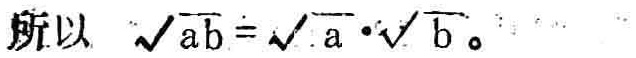
所以 $\sqrt{ab}=\sqrt{a}\cdot\sqrt{b}$。